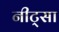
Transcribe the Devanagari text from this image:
नीट्सा